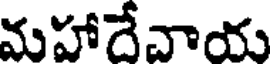
మహాదేవాయ